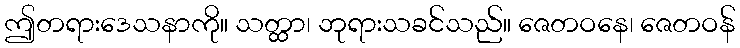
ဤတရားဒေသနာကို။ သတ္ထာ၊ ဘုရားသခင်သည်။ ဇေတဝနေ၊ ဇေတဝန်